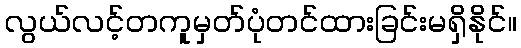
လွယ်လင့်တကူမှတ်ပုံတင်ထားခြင်းမရှိနိုင်။